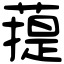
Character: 䔶